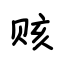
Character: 赅